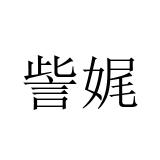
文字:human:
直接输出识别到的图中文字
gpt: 訾娓